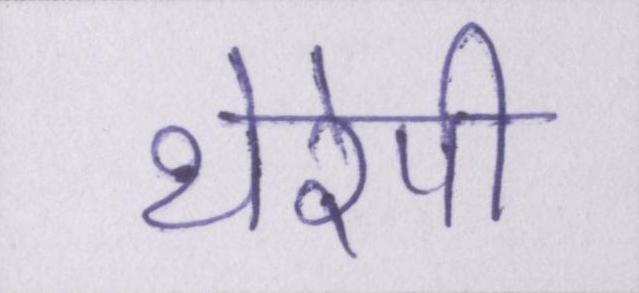
थेरेपी